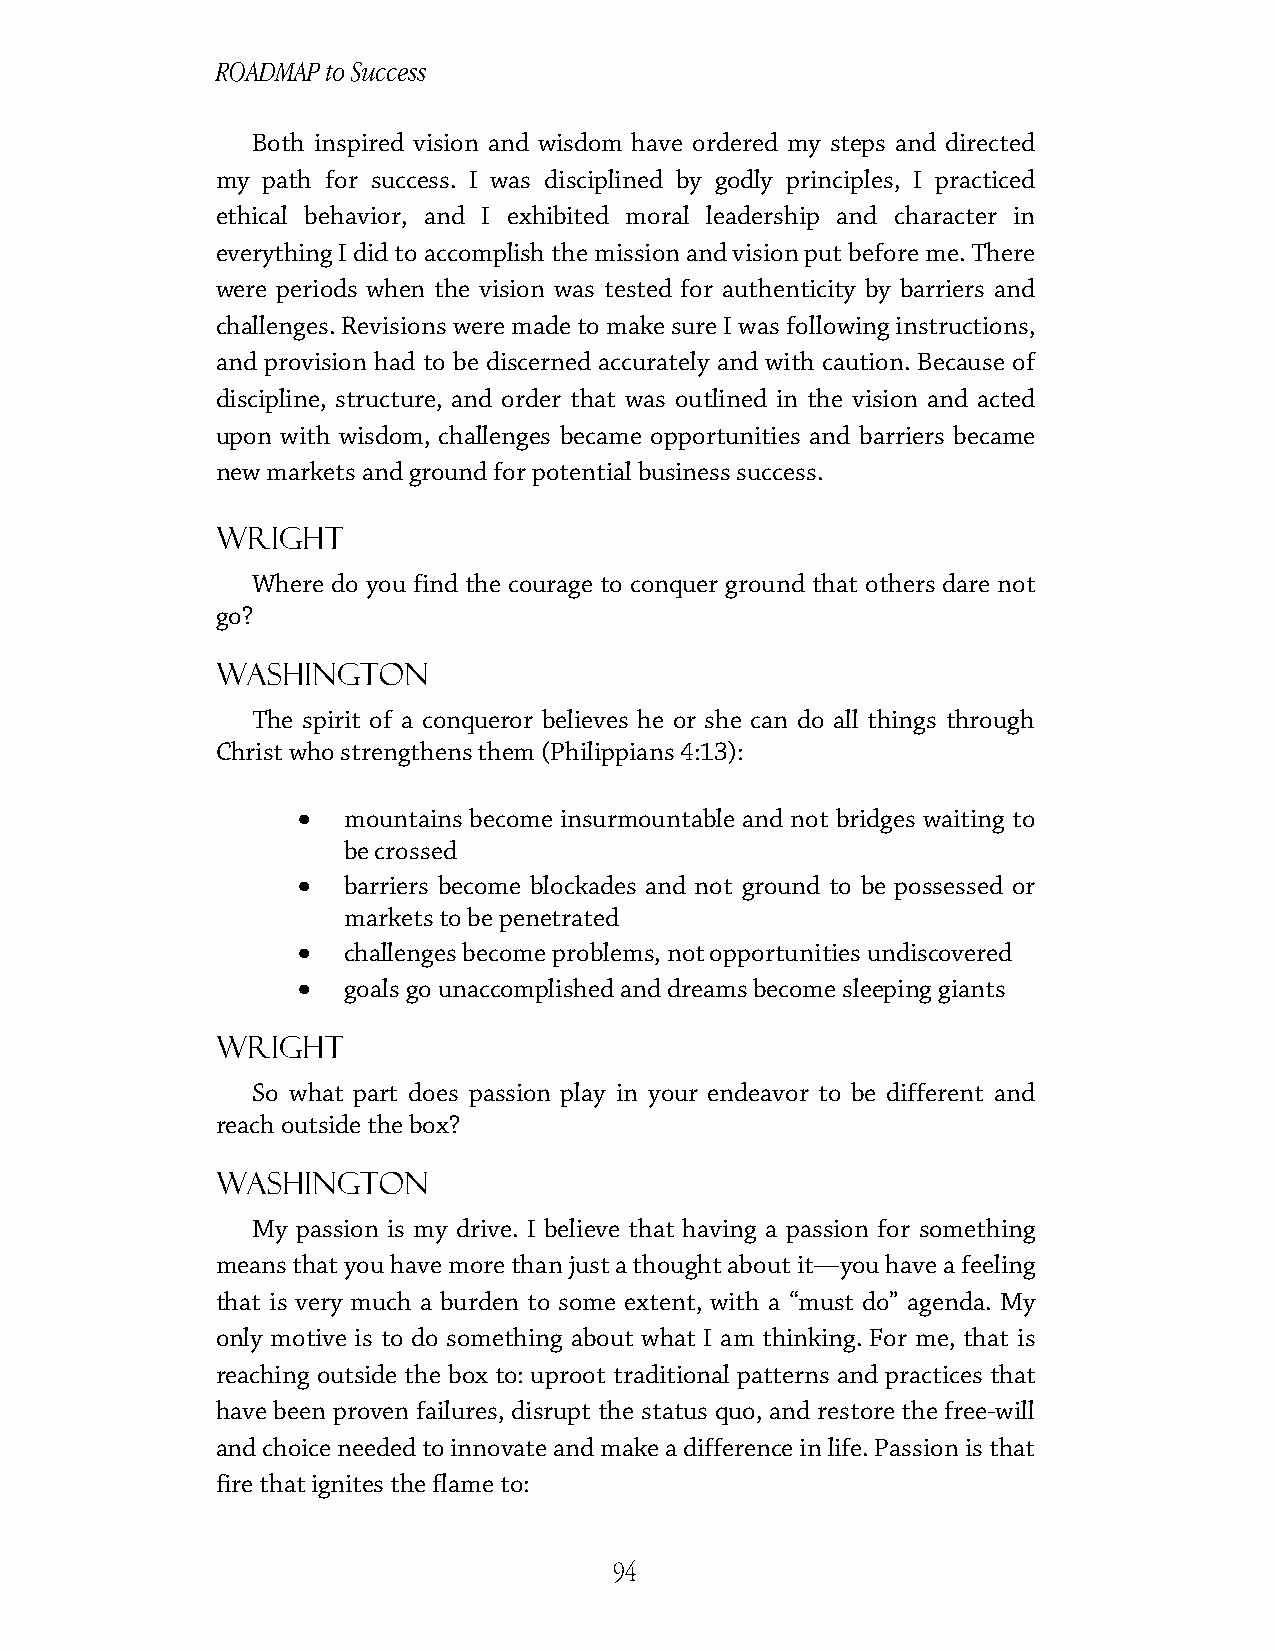
ROADMAP to Success
 Both inspired vision and wisdom have ordered my steps and directed
 my path for success. I was disciplined by godly principles, I practiced
 ethical behavior, and I exhibited moral leadership and character in
 everything I did to accomplish the mission and vision put before me. There
 were periods when the vision was tested for authenticity by barriers and
 challenges. Revisions were made to make sure I was following instructions,
 and provision had to be discerned accurately and with caution. Because of
 discipline, structure, and order that was outlined in the vision and acted
 upon with wisdom, challenges became opportunities and barriers became
 new markets and ground for potential business success.
 Wright
 Where do you find the courage to conquer ground that others dare not
 go?
 Washington
 The spirit of a conqueror believes he or she can do all things through
 Christ who strengthens them (Philippians 4:13):
 •
 mountains become insurmountable and not bridges waiting to
 be crossed
 •
 barriers become blockades and not ground to be possessed or
 markets to be penetrated
 •
 challenges become problems, not opportunities undiscovered
 •
 goals go unaccomplished and dreams become sleeping giants
 Wright
 So what part does passion play in your endeavor to be different and
 reach outside the box?
 Washington
 My passion is my drive. I believe that having a passion for something
 means that you have more than just a thought about it—you have a feeling
 that is very much a burden to some extent, with a “must do” agenda. My
 only motive is to do something about what I am thinking. For me, that is
 reaching outside the box to: uproot traditional patterns and practices that
 have been proven failures, disrupt the status quo, and restore the free-will
 and choice needed to innovate and make a difference in life. Passion is that
 fire that ignites the flame to:
 94